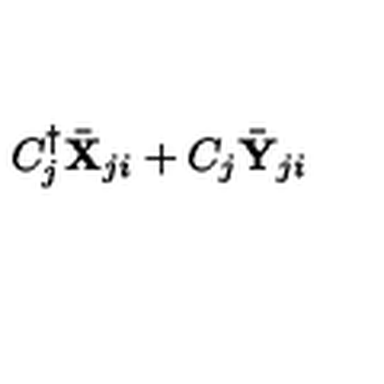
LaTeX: { C _ { j } ^ { \dag } { \bar { \bf X } } _ { j i } + C _ { j } { \bar { \bf Y } } _ { j i } }